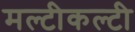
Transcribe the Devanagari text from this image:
मल्टीकल्टी